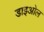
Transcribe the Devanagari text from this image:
डाइओल